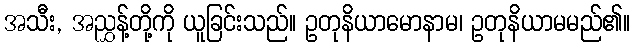
အသီး, အညွှန့်တို့ကို ယူခြင်းသည်။ ဥတုနိယာမောနာမ၊ ဥတုနိယာမမည်၏။